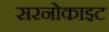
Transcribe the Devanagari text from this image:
सरनोकाइट